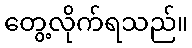
တွေ့လိုက်ရသည်။